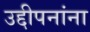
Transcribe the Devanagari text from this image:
उद्दीपनांना